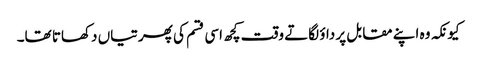
کیونکہ وہ اپنے مقابل پر داؤ لگاتے وقت کچھ اسی قسم کی پھرتیاں دکھاتا تھا۔